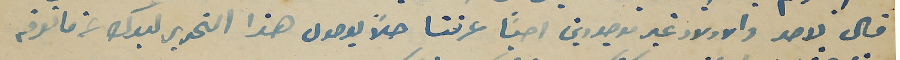
قال لاحد والاولاد غير موجودين احيَا عرفنا حلاً بوصول هذا التحرير ليدك عن ما تعرفه